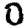
Digit: 0